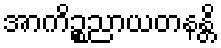
အာကိဉ္စညာယတနန္တိ